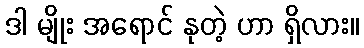
ဒါ မျိုး အရောင် နုတဲ့ ဟာ ရှိလား။